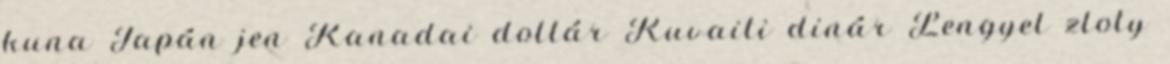
kuna Japán jen Kanadai dollár Kuvaiti dinár Lengyel zloty